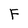
Character: F